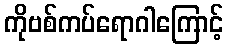
ကိုဗစ်ကပ်ရောဂါကြောင့်